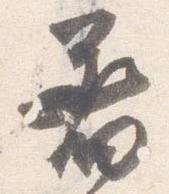
着